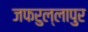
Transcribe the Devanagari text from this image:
जफरुल्लापुर